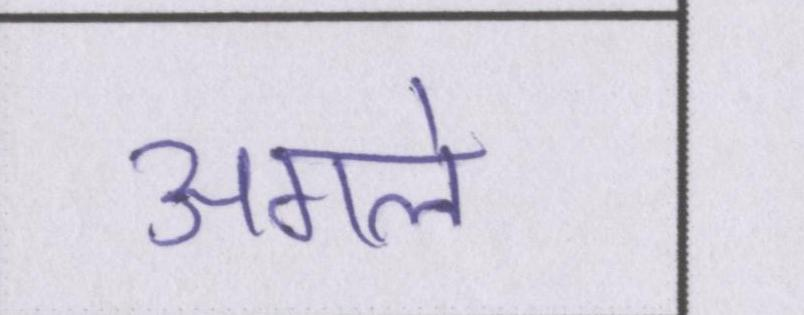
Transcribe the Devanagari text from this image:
अगले